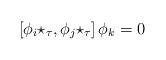
LaTeX: \begin{align*} \left[ \phi_i \star_\tau, \phi_j \star_\tau \right] \phi_k = 0 \end{align*}